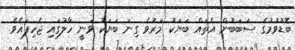
ބޮޑުވުމުގެ ސަބަބުން އެތައް ބަޔަކު މަރުވެ ގިނަ ބަޔަކު ވަނީ ހާލުގައި ޖެހިފައެވެ.